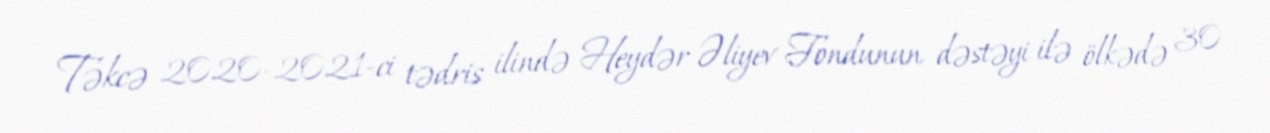
Təkcə 2020-2021-ci tədris ilində Heydər Əliyev Fondunun dəstəyi ilə ölkədə 30